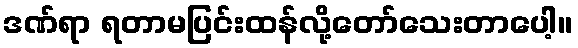
ဒဏ်ရာ ရတာမပြင်းထန်လို့တော်သေးတာပေါ့။